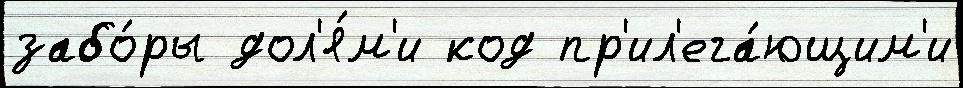
забо́ры дол'я́м'и код пр'ил'ега́ющим'и